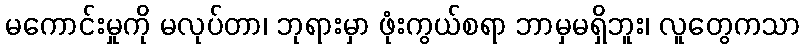
မကောင်းမှုကို မလုပ်တာ၊ ဘုရားမှာ ဖုံးကွယ်စရာ ဘာမှမရှိဘူး၊ လူတွေကသာ